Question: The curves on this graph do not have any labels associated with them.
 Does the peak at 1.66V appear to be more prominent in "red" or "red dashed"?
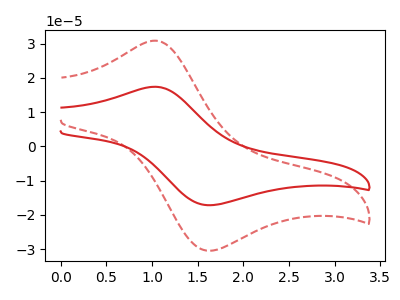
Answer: <think>The red curve "red" has an anodic peak at (1.05V, 17.40uA) and a cathodic peak at (1.65V, -17.15uA). The red dashed curve "red dashed" has an anodic peak at (1.05V, 30.85uA) and a cathodic peak at (1.65V, -30.45uA).</think>
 <answer>The peak at 1.66V is lower in "red" than in "red dashed".</answer>
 <eval>lower</eval>